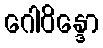
ဂေါဝိန္ဒော